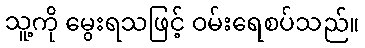
သူ့ကို မွေးရသဖြင့် ဝမ်းရေစပ်သည်။